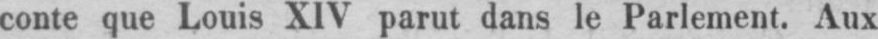
conte que Louis XIV parut dans le Parlement. Aux